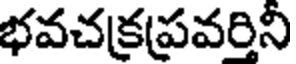
భవచక్రప్రవరిని